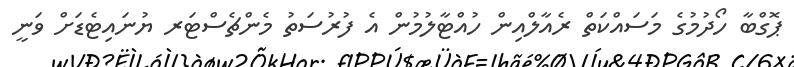
ޕޮގްބާ ހޯދުމުގެ މަސައްކަތް ރެއާލްއިން ހުއްޓާލުމުން އެ ފުރުސަތު މެންޗެސްޓަރ ޔުނައިޓެޑަށް ވަނީ